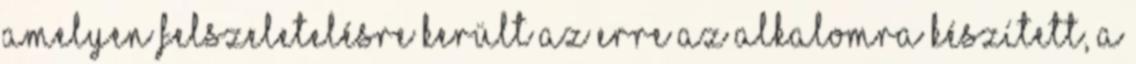
amelyen felszeletelésre került az erre az alkalomra készített, a